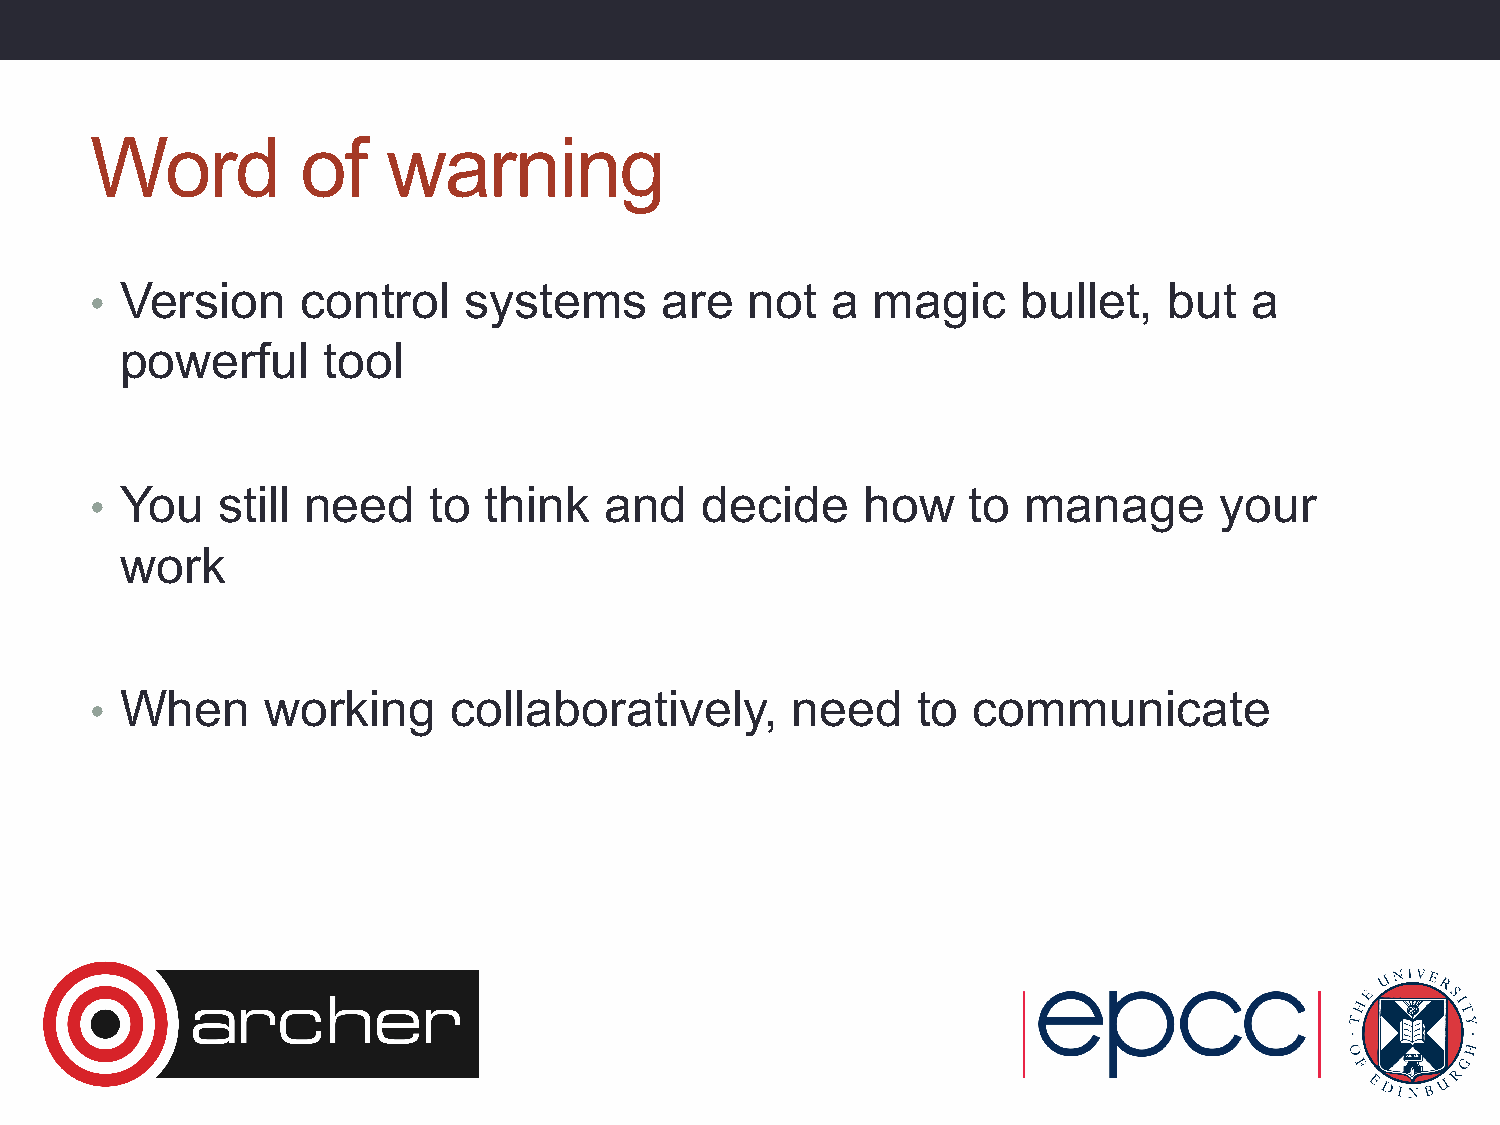
Word          of    warning
 Version     control    systems      are   not  a  magic     bullet,  but   a
 •
 powerful     tool
 You   still need    to  think   and   decide     how    to  manage       your
 •
 work
 When      working     collaboratively,      need     to communicate
 •